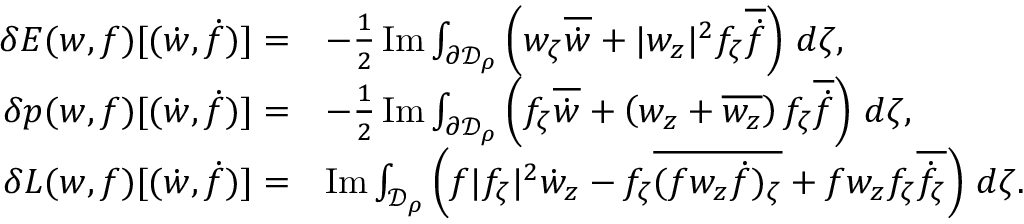
\begin{array} { r l } { \delta E ( w , f ) [ ( \dot { w } , \dot { f } ) ] = } & { - \frac 1 2 \operatorname { I m } \int _ { \partial \mathcal { D } _ { \rho } } \left( w _ { \zeta } \overline { { \dot { w } } } + | w _ { z } | ^ { 2 } f _ { \zeta } \overline { { \dot { f } } } \right) \, d \zeta , } \\ { \delta p ( w , f ) [ ( \dot { w } , \dot { f } ) ] = } & { - \frac 1 2 \operatorname { I m } \int _ { \partial \mathcal { D } _ { \rho } } \left( f _ { \zeta } \overline { { \dot { w } } } + \left( w _ { z } + \overline { { w _ { z } } } \right) f _ { \zeta } \overline { { \dot { f } } } \right) \, d \zeta , } \\ { \delta L ( w , f ) [ ( \dot { w } , \dot { f } ) ] = } & { \operatorname { I m } \int _ { \mathcal { D } _ { \rho } } \left( f | f _ { \zeta } | ^ { 2 } \dot { w } _ { z } - f _ { \zeta } \overline { { ( f w _ { z } \dot { f } ) _ { \zeta } } } + f w _ { z } f _ { \zeta } \overline { { \dot { f } _ { \zeta } } } \right) \, d \zeta . } \end{array}